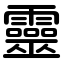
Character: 靈